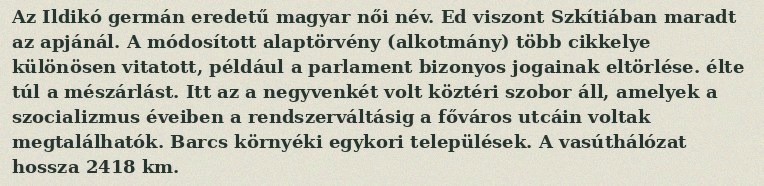
Az Ildikó germán eredetű magyar női név. Ed viszont Szkítiában maradt az apjánál. A módosított alaptörvény (alkotmány) több cikkelye különösen vitatott, például a parlament bizonyos jogainak eltörlése. élte túl a mészárlást. Itt az a negyvenkét volt köztéri szobor áll, amelyek a szocializmus éveiben a rendszerváltásig a főváros utcáin voltak megtalálhatók. Barcs környéki egykori települések. A vasúthálózat hossza 2418 km.